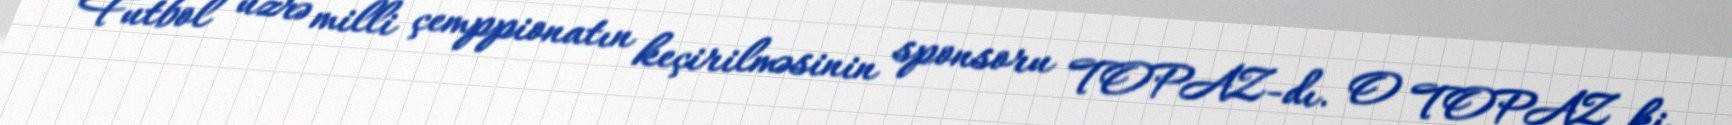
Futbol üzrə milli çemppionatın keçirilməsinin sponsoru TOPAZ-dı. O TOPAZ ki,